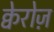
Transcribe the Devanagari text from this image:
क्वेरोज़